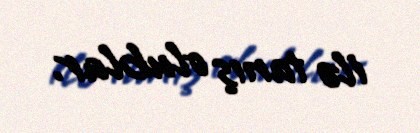
ilə tanış olublar.